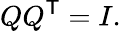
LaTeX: QQ^{\mathsf{T}}=I.